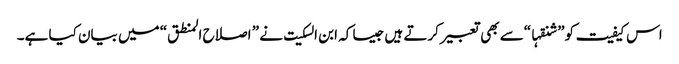
اس کیفیت کو” شنقہا“سے بھی تعبیر کرتے ہیں جیسا کہ ابن السکیت نے ” اصلاح المنطق“ میں بیان کیا ہے۔